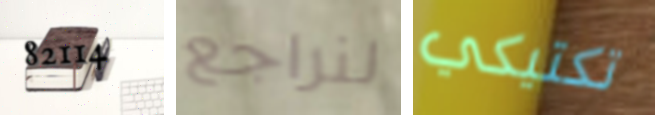
82114 لنراجع تكتيكي